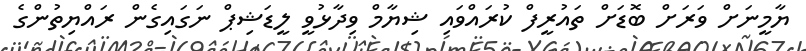
ޔާމީނަށް ވަރަށް ބޮޑަށް ތައުރީފް ކުރައްވައި ޝިޔާމް ވިދާޅުވީ ލީޑަޝިޕް ނަގައިގެން ރައްޔިތުންގެ